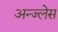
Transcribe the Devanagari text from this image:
अन्ज्लेस